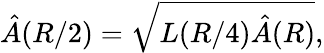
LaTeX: \hat{A}(R/2)=\sqrt{L(R/4)\hat{A}(R)},